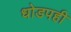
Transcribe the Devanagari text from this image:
धोडपही